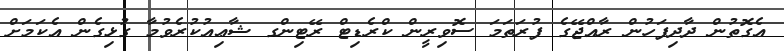
އެގޮތުން ދާދިފަހުން ރާއްޖޭގެ ފުރަތަމަ ސޮވިރީން ކްރެޑިޓް ރޭޓިންގ ޝާޢިއުކުރެވުމާ ގުޅިގެން އެކަމަށް